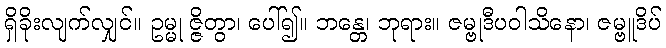
ရှိခိုးလျက်လျှင်။ ဥမ္မု ဇ္ဇိတွာ၊ ပေါ်၍။ ဘန္တေ၊ ဘုရား။ ဇမ္ဗုဒီပဝါသိနော၊ ဇမ္ဗူဒိပ်